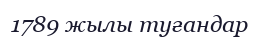
1789 жылы туғандар